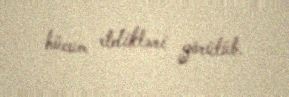
hücum etdikləri görülüb.